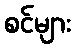
စင်များ